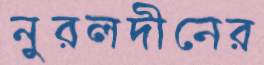
নুরলদীনের